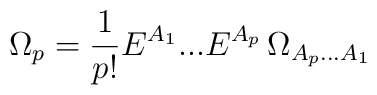
\Omega_p = \frac{1}{p!} E^{A_1}...E^{A_p}\, \Omega_{{A_p}...{A_1}}